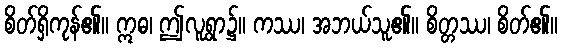
စိတ်ရှိကုန်၏။ ဣဓ၊ ဤလူရွာ၌။ ကဿ၊ အဘယ်သူ၏။ စိတ္တဿ၊ စိတ်၏။